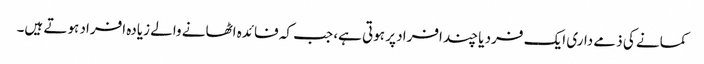
کمانے کی ذمے داری ایک فرد یا چند افراد پر ہوتی ہے، جب کہ فائدہ اٹھانے والے زیادہ افراد ہوتے ہیں۔